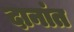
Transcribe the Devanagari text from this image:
दानांत